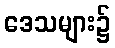
ဒေသများ၌